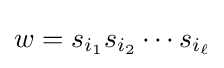
w=s_{i_{1}}s_{i_{2}}\cdots s_{i_{\ell }}